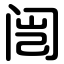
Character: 闿